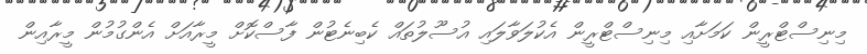
މިނިސްޓްރީން ކަމަށާއި މިނިސްޓްރީން އެކުލަވާލައި އުސޫލުތައް ކެބިނެޓުން ފާސްކޮށް މީރާއަށް އެންގުމުން މީރާއިން